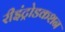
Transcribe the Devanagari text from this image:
रीइंट्रोडकशन